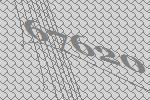
67620